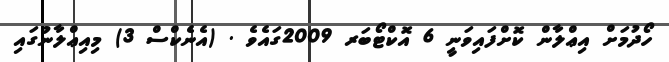
ހޯދުމަށް އިޢްލާން ކޮށްފައިވަނީ 6 އޮކްޓޯބަރ 2009ގައެވެ . (އެނެކްސް 3) މިއިޢްލާނުގައި